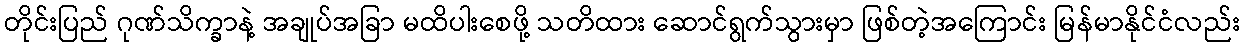
တိုင်းပြည် ဂုဏ်သိက္ခာနဲ့ အချုပ်အခြာ မထိပါးစေဖို့ သတိထား ဆောင်ရွက်သွားမှာ ဖြစ်တဲ့အကြောင်း မြန်မာနိုင်ငံလည်း